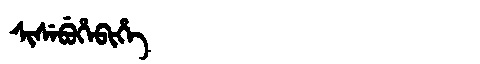
Manchu: ᠰᡳᠰᡝᠪᡠᡥᡝᠪᡳᡥᡝ
Romanization: SISEBUHEBIHE